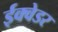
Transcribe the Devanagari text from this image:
ईक्वेडर